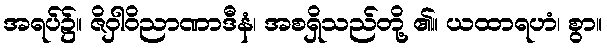
အရပ်၌။ ဇိဝှါဝိညာဏာဒီနံ၊ အစရှိသည်တို့ ၏။ ယထာရဟံ၊ စွာ။